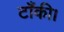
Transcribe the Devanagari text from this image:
टाँकी।